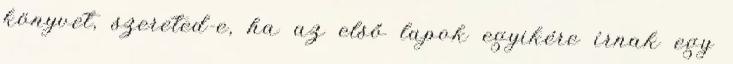
könyvet, szereted-e, ha az első lapok egyikére írnak egy